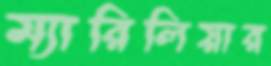
ম্যারিলিয়ার